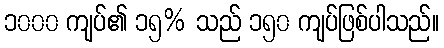
၁၀၀၀ ကျပ်၏ ၁၅% သည် ၁၅၀ ကျပ်ဖြစ်ပါသည်။